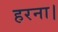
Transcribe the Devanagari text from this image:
हरना।